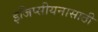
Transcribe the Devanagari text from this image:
इजिप्सीयनासाठी